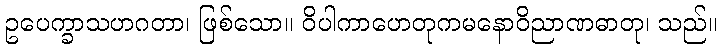
ဥပေက္ခာသဟဂတာ၊ ဖြစ်သော။ ဝိပါကာဟေတုကမနောဝိညာဏဓာတု၊ သည်။